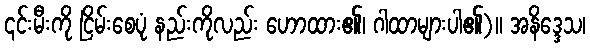
၎င်းမီးကို ငြိမ်းစေပုံ နည်းကိုလည်း ဟောထား၏၊ ဂါထာများပါ၏)။ အနိဒ္ဒေသ၊